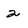
Character: 2